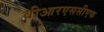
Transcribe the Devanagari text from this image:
वीआरएससीएफ